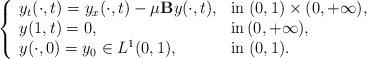
LaTeX: \begin{align*}\left\{\begin{array}{ll} y_t(\cdot,t) = y_{x}(\cdot,t)-\mu \mathbf{B}y(\cdot,t),& \mbox{in} \; (0,1)\times (0,+\infty), \\ y(1,t)=0, & \mbox{in} \, (0,+\infty),\\ y(\cdot,0)= y_0\in L^1(0,1), & \mbox{in} \;(0,1).\end{array}\right.\end{align*}